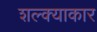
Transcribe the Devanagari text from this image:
शल्क्याकार